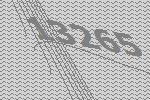
13265